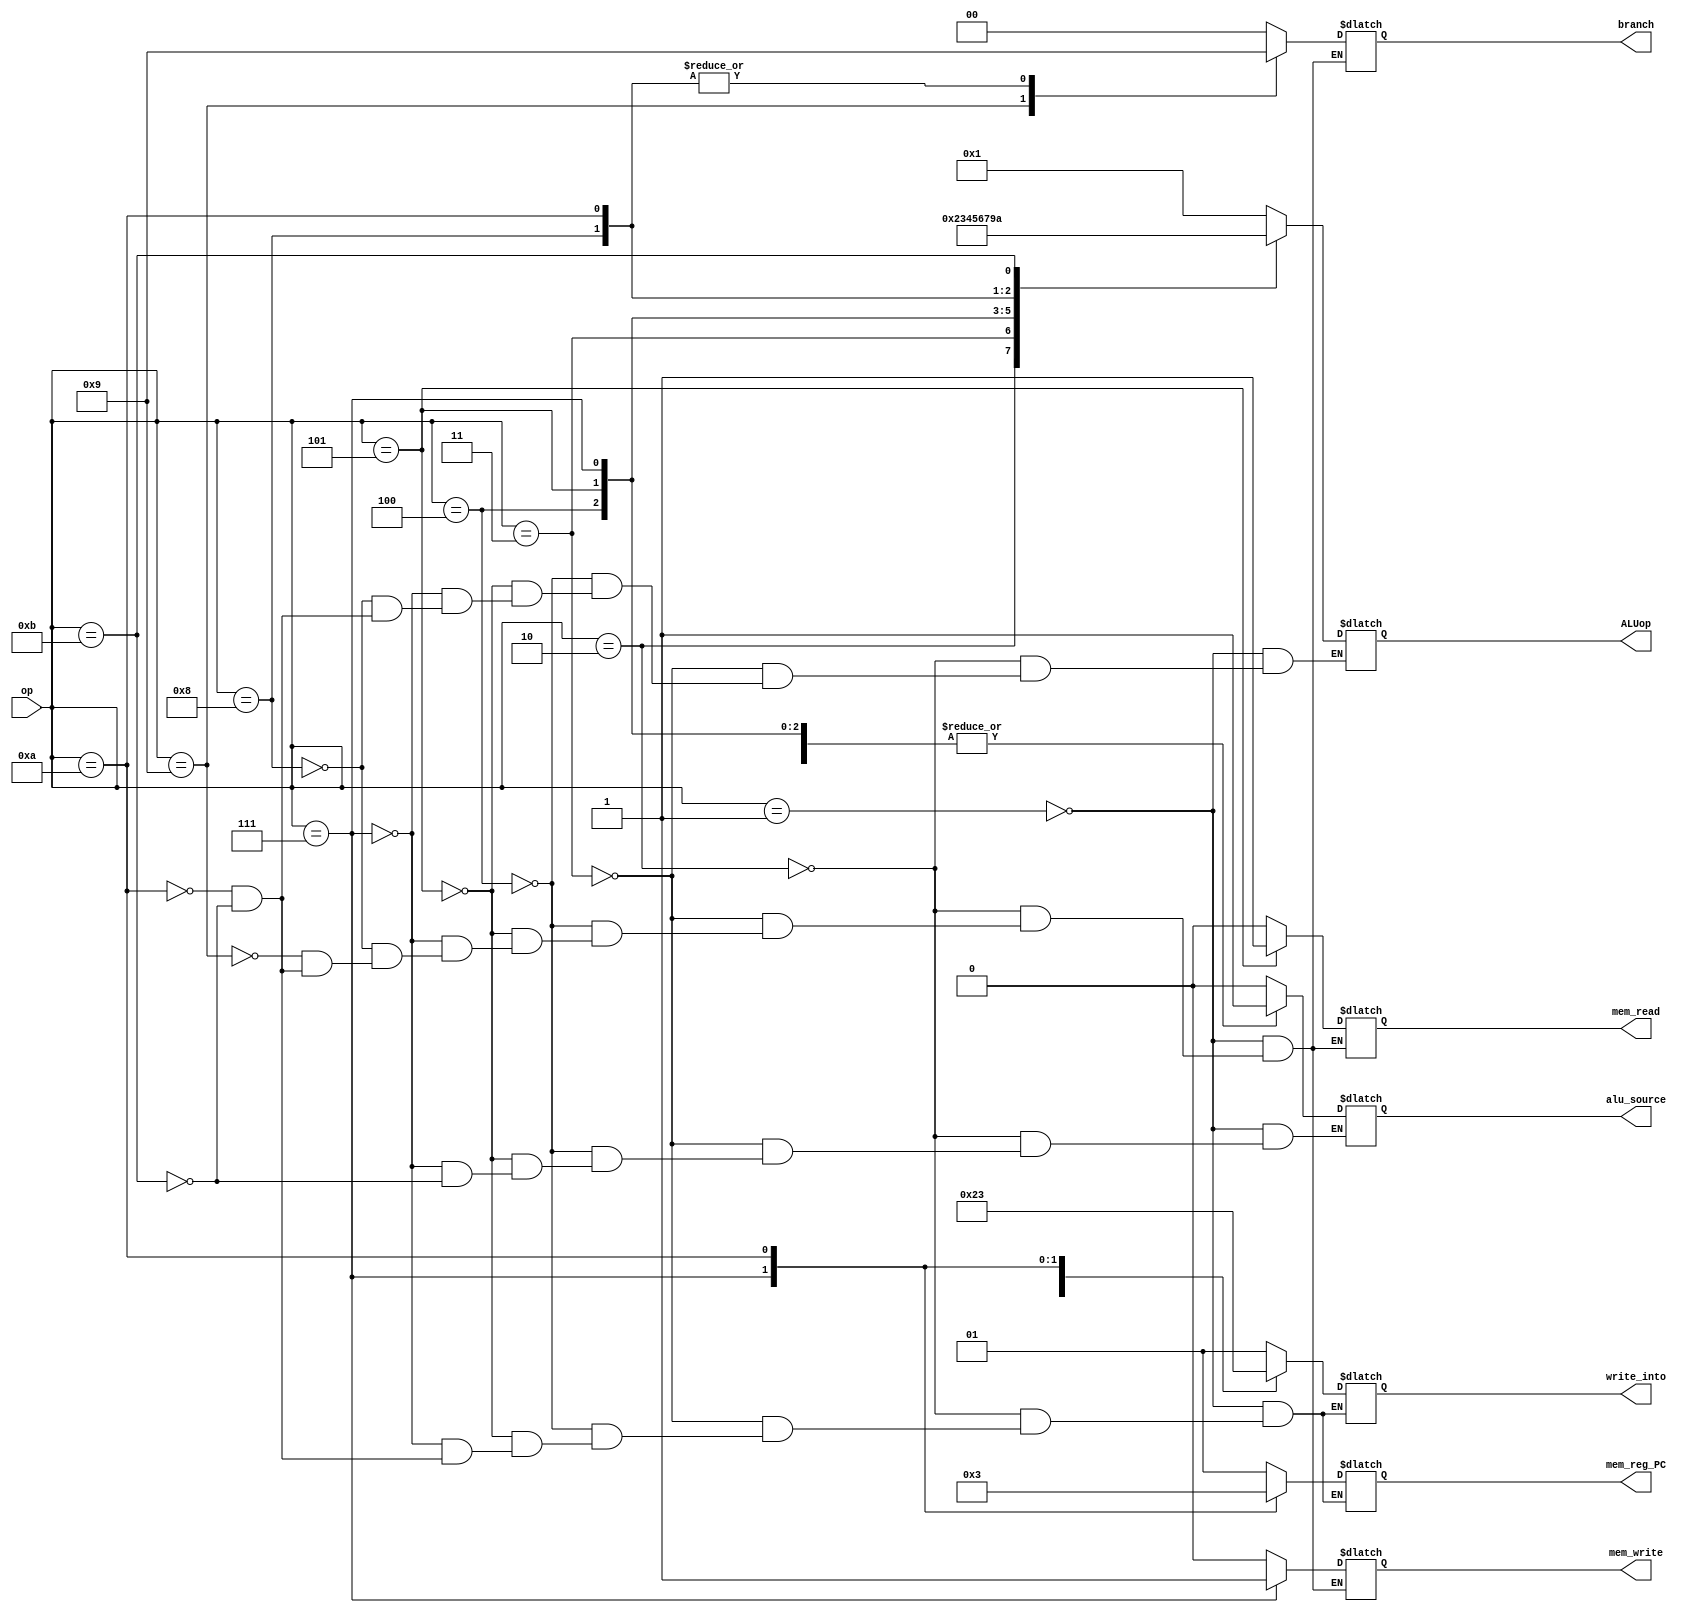
`timescale 1ns / 1ps
//////////////////////////////////////////////////////////////////////////////////
// Company: 
// Engineer: 
// 
// Design Name: 
// Module Name:    control_unit 
// Project Name: 
// Target Devices: 
// Tool versions: 
// Description: 
//
// Dependencies: 
//
// Revision: 
// Revision 0.01 - File Created
// Additional Comments: 
//
//////////////////////////////////////////////////////////////////////////////////

module control_unit (
    input[5:0]op,
    output reg [1:0]branch,
    output reg [3:0]ALUop,
    output reg mem_read,
    output reg mem_write,
    output reg alu_source,
    output reg [1:0]write_into,
    output reg [1:0] mem_reg_PC
);

//alu_source=0 for rt 1 for 32-bit extended imm
// writeinto=01 for rs 10 for rt 11 for 31 and 00 no write
// memregpc = 00 for memory 01 for register write 11 for writing contents in PC into register

always@(*) 
begin
    case(op)
    6'b000001:  begin                       //add,comp,and,xor 000001
				
            branch<=2'b00;
            mem_read<=1'b0;
            mem_write<=1'b0;
            alu_source<=1'b0;
            write_into<=2'b01;
            mem_reg_PC<=2'b01;
            ALUop<=4'b0001;
				end
    6'b000010:	begin                          //addi,compi 000010
            branch<=2'b00;
            mem_read<=1'b0;
            mem_write<=1'b0;
            alu_source<=1'b1;
            write_into<=2'b01;
            mem_reg_PC<=2'b01;
            ALUop<=4'b0010;
				end
    6'b000011: begin                          //shllv,shrlv,shrav 000011
            branch<=2'b00;
            mem_read<=1'b0;
            mem_write<=1'b0;
            alu_source<=1'b0;
            write_into<=2'b01;
            mem_reg_PC<=2'b01;
            ALUop<=4'b0011;
				end
    6'b000100: begin                         //shll,shrl,shra 000100
            branch<=2'b00;
            mem_read<=1'b0;
            mem_write<=1'b0;
            alu_source<=1'b1;
            write_into<=2'b01;
            mem_reg_PC<=2'b01;
            ALUop<=4'b0100;
				end
    6'b000101: begin                          //lw  111110
            branch<=2'b00;
            mem_read<=1'b1;
            mem_write<=1'b0;
            alu_source<=1'b1;
            write_into<=2'b10;
            mem_reg_PC<=2'b01;
            ALUop<=4'b0101;
				end
    6'b000111: begin                          //sw 111111
            branch<=2'b00;
            mem_read<=1'b0;
            mem_write<=1'b1;
            alu_source<=1'b1;
            write_into<=2'b00;
            mem_reg_PC<=2'b00;
            ALUop<=4'b0110;
				end
    6'b001000: begin                          //b,bltz,bnz,bz,bcy,bncy  000101
            branch<=2'b01;
            mem_read<=1'b0;
            mem_write<=1'b0;
            //alu_source<=1'b0;
            //write_into<=2'b01;
            //mem_reg_PC<=2'b01;
            ALUop<=4'b0111;
				end
    6'b001001: begin                          //br 111101
            branch<=2'b10;
            mem_read<=1'b0;
            mem_write<=1'b0;
            //alu_source<=1'b0;
            //write_into<=2'b01;
            //mem_reg_PC<=2'b01;
            //ALUop<=4'b1000;
				end
    6'b001010: begin                         //bl 000110
            branch<=2'b01;
            mem_read<=1'b0;
            mem_write<=1'b0;
            //alu_source<=1'b0;
            write_into<=2'b11;
            mem_reg_PC<=2'b11;
            ALUop<=4'b1001;
				end
    6'b001011: begin	 //diff 000111
            branch<=2'b00;
            mem_read<=1'b0;
            mem_write<=1'b0;
            alu_source<=1'b0;
            write_into<=2'b01;
            mem_reg_PC<=2'b01;
            ALUop<=4'b1010;
				end
				endcase
end
    
endmodule